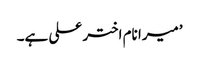
’میرا نام اختر علی ہے۔